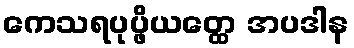
ကေသရပုပ္ဖိယတ္ထေ အပဒါန